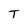
Character: T